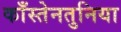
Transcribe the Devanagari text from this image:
काँस्तेनतुनिया